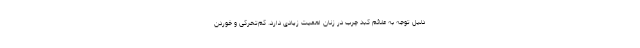
دلیل توجه به علائم کبد چرب در زنان اهمیت زیادی دارد. کم‌تحرکی و خوردن